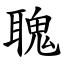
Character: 聭